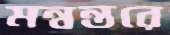
মন্বন্তরে